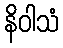
နိဝါသံ